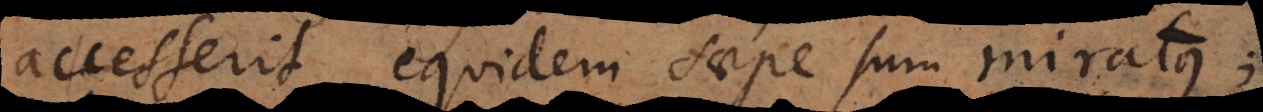
accesserit equidem saepe sum miratus;